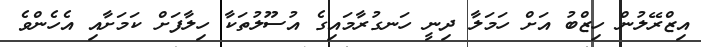
އިޒްރޭލުން ހިޒްބު އަށް ހަމަލާ ދިނީ ހަނގުރާމައިގެ އުސޫލުތަކާ ހިލާފަށް ކަމަށާއި އެހެންވެ